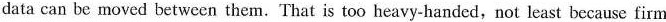
data can be moved between them.That is too heavy-handed,not least because firm